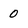
Character: 0